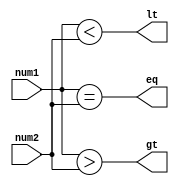
module magnitude_comparator (
    input [7:0] num1,
    input [7:0] num2,
    output gt,
    output lt,
    output eq
);

assign gt = (num1 > num2);
assign lt = (num1 < num2);
assign eq = (num1 == num2);

endmodule